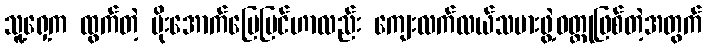
သူ့ရှေ့က ထွက်တဲ့ မိုးအောက်မြေပြင်ဟာလည်း ကျေးလက်လယ်သမားဖွဲ့ဝတ္ထုဖြစ်တဲ့အတွက်